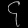
Digit: ၄